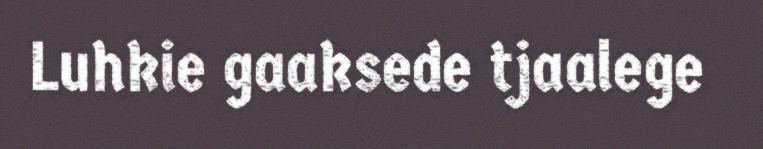
Luhkie gaaksede tjaalege